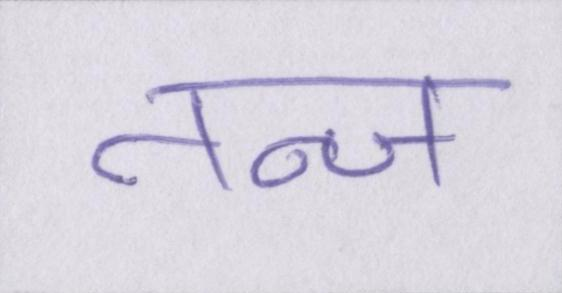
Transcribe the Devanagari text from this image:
तन्ज